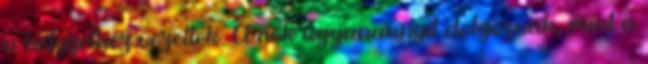
a helyzethez vezettek. A nők ugyanannyit dolgoznak, mint a